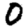
Digit: 0